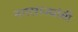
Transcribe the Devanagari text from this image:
नगरराज्यांची